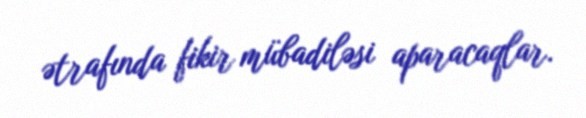
ətrafında fikir mübadiləsi aparacaqlar.